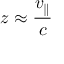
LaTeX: z \approx { \frac { v _ { \parallel } } { c } }